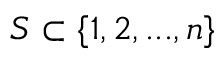
S \subset \{ 1 , 2 , . . . , n \}